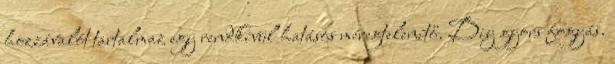
hozzávalót tartalmaz egy rendkívül hatásos méregtelenítő. Diy gyors fogyás.